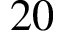
2 0